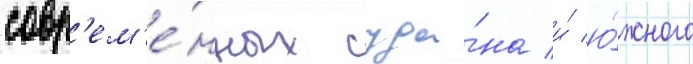
совр'ем'е́нных суда́на и́ ю́жного